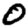
Digit: 0